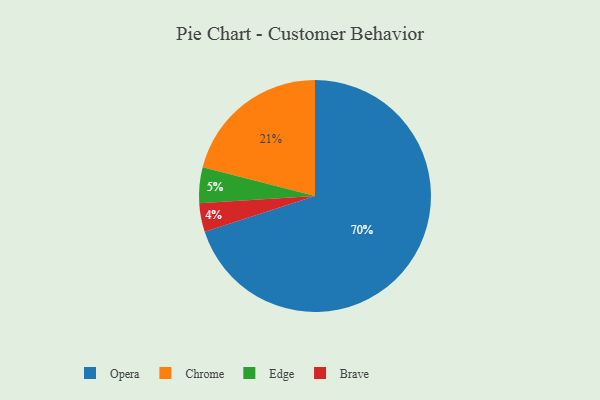
{"axis": {"x": "Category", "y": "Percentage"}, "legend": ["Brave", "Chrome", "Edge", "Opera"], "data": [{"x": "Edge", "y": 5, "type": "Edge"}, {"x": "Chrome", "y": 21, "type": "Chrome"}, {"x": "Brave", "y": 4, "type": "Brave"}, {"x": "Opera", "y": 70, "type": "Opera"}]}